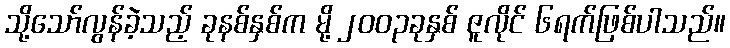
သို့သော်လွန်ခဲ့သည့် ခုနစ်နှစ်က မို့ ၂၀၀၃ခုနှစ် ဇူလိုင် ၆ရက်ဖြစ်ပါသည်။